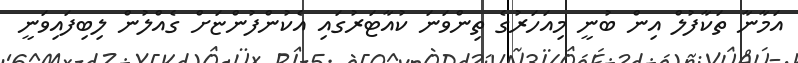
އަމާނާ ތަކާފުލް އިން ބުނީ މިއަހަރުގެ ތިންވަނަ ކުއާޓަރުގައި އެކުންފުންޏަށް ގެއްލުން ލިބިފައިވަނީ